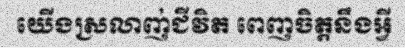
យើងស្រលាញ់ជីវិត ពេញចិត្តនឹងអ្វី